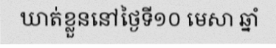
ឃាត់ខ្លួននៅថ្ងៃទី១០ មេសា ឆ្នាំ